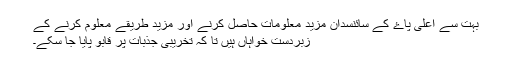
بہت سے اعلیٰ پاۓ کے سائنسدان مزید معلومات حاصل کرنے اور مزید طریقے معلوم کرنے کے
زبردست خواہاں ہیں تا کہ تخریبی جذبات پر قابو پایا جا سکے۔